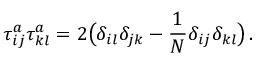
\tau _ { i j } ^ { a } \tau _ { k l } ^ { a } = 2 \big ( \delta _ { i l } \delta _ { j k } - \frac { 1 } { N } \delta _ { i j } \delta _ { k l } \big ) \, .